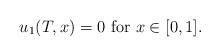
LaTeX: \begin{align*}u_1(T, x) = 0 \mbox{ for } x \in [0, 1].\end{align*}